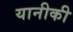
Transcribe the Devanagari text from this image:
यानीकी